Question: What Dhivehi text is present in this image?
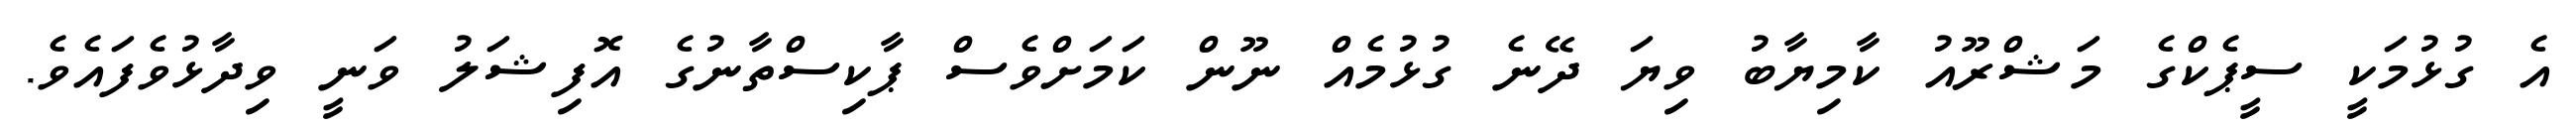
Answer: އެ ގުޅުމަކީ ސީޕެކްގެ މަޝްރޫއު ކާމިޔާބު ވިޔަ ދޭނެ ގުޅުމެއް ނޫން ކަމަށްވެސް ޕާކިސްތާނުގެ އޮފިޝަލު ވަނީ ވިދާޅުވެފައެވެ.